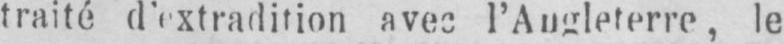
le